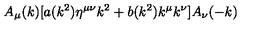
A _ { \mu } ( k ) [ a ( k ^ { 2 } ) \eta ^ { \mu \nu } k ^ { 2 } + b ( k ^ { 2 } ) k ^ { \mu } k ^ { \nu } ] A _ { \nu } ( - k )